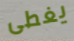
يغطى